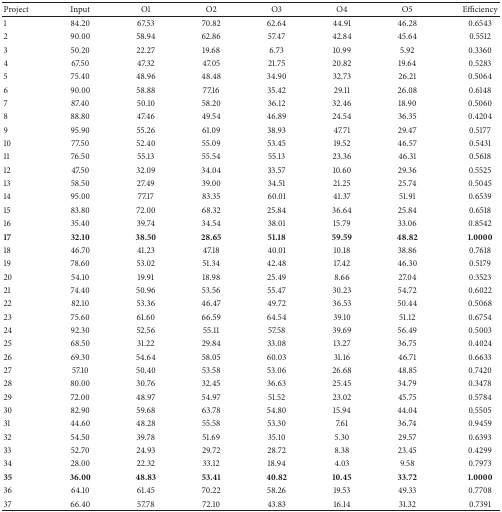
<table><thead><tr><td><b>Project</b></td><td><b>Input</b></td><td><b>O1</b></td><td><b>O2</b></td><td><b>O3</b></td><td><b>O4</b></td><td><b>O5</b></td><td><b>Efficiency</b></td></tr></thead><tbody><tr><td>1</td><td>84.20</td><td>67.53</td><td>70.82</td><td>62.64</td><td>44.91</td><td>46.28</td><td>0.6543</td></tr><tr><td>2</td><td>90.00</td><td>58.94</td><td>62.86</td><td>57.47</td><td>42.84</td><td>45.64</td><td>0.5512</td></tr><tr><td>3</td><td>50.20</td><td>22.27</td><td>19.68</td><td>6.73</td><td>10.99</td><td>5.92</td><td>0.3360</td></tr><tr><td>4</td><td>67.50</td><td>47.32</td><td>47.05</td><td>21.75</td><td>20.82</td><td>19.64</td><td>0.5283</td></tr><tr><td>5</td><td>75.40</td><td>48.96</td><td>48.48</td><td>34.90</td><td>32.73</td><td>26.21</td><td>0.5064</td></tr><tr><td>6</td><td>90.00</td><td>58.88</td><td>77.16</td><td>35.42</td><td>29.11</td><td>26.08</td><td>0.6148</td></tr><tr><td>7</td><td>87.40</td><td>50.10</td><td>58.20</td><td>36.12</td><td>32.46</td><td>18.90</td><td>0.5060</td></tr><tr><td>8</td><td>88.80</td><td>47.46</td><td>49.54</td><td>46.89</td><td>24.54</td><td>36.35</td><td>0.4204</td></tr><tr><td>9</td><td>95.90</td><td>55.26</td><td>61.09</td><td>38.93</td><td>47.71</td><td>29.47</td><td>0.5177</td></tr><tr><td>10</td><td>77.50</td><td>52.40</td><td>55.09</td><td>53.45</td><td>19.52</td><td>46.57</td><td>0.5431</td></tr><tr><td>11</td><td>76.50</td><td>55.13</td><td>55.54</td><td>55.13</td><td>23.36</td><td>46.31</td><td>0.5618</td></tr><tr><td>12</td><td>47.50</td><td>32.09</td><td>34.04</td><td>33.57</td><td>10.60</td><td>29.36</td><td>0.5525</td></tr><tr><td>13</td><td>58.50</td><td>27.49</td><td>39.00</td><td>34.51</td><td>21.25</td><td>25.74</td><td>0.5045</td></tr><tr><td>14</td><td>95.00</td><td>77.17</td><td>83.35</td><td>60.01</td><td>41.37</td><td>51.91</td><td>0.6539</td></tr><tr><td>15</td><td>83.80</td><td>72.00</td><td>68.32</td><td>25.84</td><td>36.64</td><td>25.84</td><td>0.6518</td></tr><tr><td>16</td><td>35.40</td><td>39.74</td><td>34.54</td><td>38.01</td><td>15.79</td><td>33.06</td><td>0.8542</td></tr><tr><td><b>17</b></td><td><b>32.10</b></td><td><b>38.50</b></td><td><b>28.65</b></td><td><b>51.18</b></td><td><b>59.59</b></td><td><b>48.82</b></td><td><b>1.0000</b></td></tr><tr><td>18</td><td>46.70</td><td>41.23</td><td>47.18</td><td>40.01</td><td>10.18</td><td>38.86</td><td>0.7618</td></tr><tr><td>19</td><td>78.60</td><td>53.02</td><td>51.34</td><td>42.48</td><td>17.42</td><td>46.30</td><td>0.5179</td></tr><tr><td>20</td><td>54.10</td><td>19.91</td><td>18.98</td><td>25.49</td><td>8.66</td><td>27.04</td><td>0.3523</td></tr><tr><td>21</td><td>74.40</td><td>50.96</td><td>53.56</td><td>55.47</td><td>30.23</td><td>54.72</td><td>0.6022</td></tr><tr><td>22</td><td>82.10</td><td>53.36</td><td>46.47</td><td>49.72</td><td>36.53</td><td>50.44</td><td>0.5068</td></tr><tr><td>23</td><td>75.60</td><td>61.60</td><td>66.59</td><td>64.54</td><td>39.10</td><td>51.12</td><td>0.6754</td></tr><tr><td>24</td><td>92.30</td><td>52.56</td><td>55.11</td><td>57.58</td><td>39.69</td><td>56.49</td><td>0.5003</td></tr><tr><td>25</td><td>68.50</td><td>31.22</td><td>29.84</td><td>33.08</td><td>13.27</td><td>36.75</td><td>0.4024</td></tr><tr><td>26</td><td>69.30</td><td>54.64</td><td>58.05</td><td>60.03</td><td>31.16</td><td>46.71</td><td>0.6633</td></tr><tr><td>27</td><td>57.10</td><td>50.40</td><td>53.58</td><td>53.06</td><td>26.68</td><td>48.85</td><td>0.7420</td></tr><tr><td>28</td><td>80.00</td><td>30.76</td><td>32.45</td><td>36.63</td><td>25.45</td><td>34.79</td><td>0.3478</td></tr><tr><td>29</td><td>72.00</td><td>48.97</td><td>54.97</td><td>51.52</td><td>23.02</td><td>45.75</td><td>0.5784</td></tr><tr><td>30</td><td>82.90</td><td>59.68</td><td>63.78</td><td>54.80</td><td>15.94</td><td>44.04</td><td>0.5505</td></tr><tr><td>31</td><td>44.60</td><td>48.28</td><td>55.58</td><td>53.30</td><td>7.61</td><td>36.74</td><td>0.9459</td></tr><tr><td>32</td><td>54.50</td><td>39.78</td><td>51.69</td><td>35.10</td><td>5.30</td><td>29.57</td><td>0.6393</td></tr><tr><td>33</td><td>52.70</td><td>24.93</td><td>29.72</td><td>28.72</td><td>8.38</td><td>23.45</td><td>0.4299</td></tr><tr><td>34</td><td>28.00</td><td>22.32</td><td>33.12</td><td>18.94</td><td>4.03</td><td>9.58</td><td>0.7973</td></tr><tr><td><b>35</b></td><td><b>36.00</b></td><td><b>48.83</b></td><td><b>53.41</b></td><td><b>40.82</b></td><td><b>10.45</b></td><td><b>33.72</b></td><td><b>1.0000</b></td></tr><tr><td>36</td><td>64.10</td><td>61.45</td><td>70.22</td><td>58.26</td><td>19.53</td><td>49.33</td><td>0.7708</td></tr><tr><td>37</td><td>66.40</td><td>57.78</td><td>72.10</td><td>43.83</td><td>16.14</td><td>31.32</td><td>0.7391</td></tr></tbody></table>